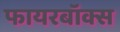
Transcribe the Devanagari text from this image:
फायरबॉक्स